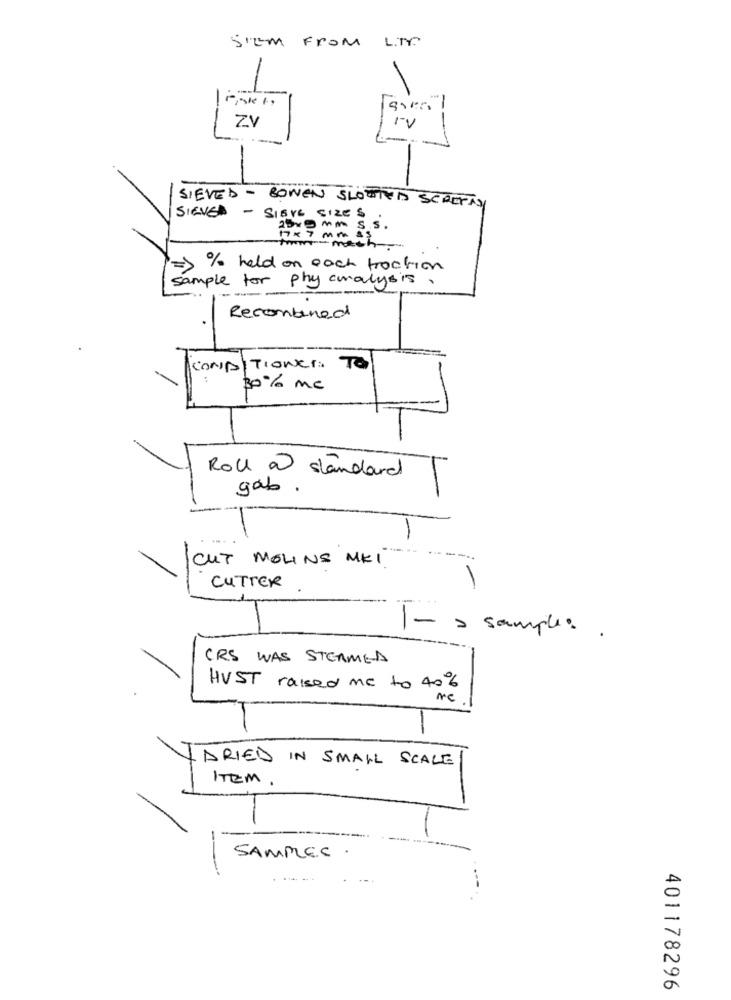
L.TY.
S'EM FROM
-
-
ZV
SIEVED - BOWEN SLOTTED SCREPAY
SIGVED - SIEVE SIZES
250 MM S.S.
1X 7 mm 43
tom- mech ...
=> % held on each traction
sample for phy analysis,
Recombined
CONDITIONER: TO
30% mc
Roll a standard
gab.
CUT MOLINS MKI
CUTTER
1- > samples .
CRS WAS STEAMED
HUST raised me to 40%
me
VARIED IN SMALL SCALE
ITEM .
SAMPLES .
401178296